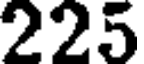
225